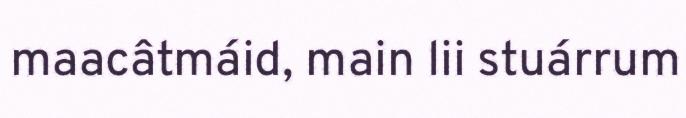
maacâtmáid, main lii stuárrum